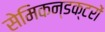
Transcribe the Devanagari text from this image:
सेमिकन्डक्टरों